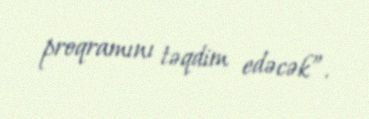
proqramını təqdim edəcək”.